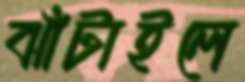
ঝাঁটাইলে